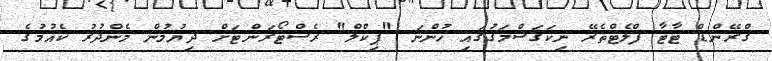
ގްރޭންޑް ޓާޓާ ފްލެޓްތެރޭ ނިކަގަސްމަގުގައި ހުންނަ "ޕިކްލް" ރެސްޓޯރަންޓަށް ދިޔުމުން މެންދުރު ކެއުމުގެ